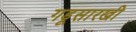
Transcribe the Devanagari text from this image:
गडूसारखी